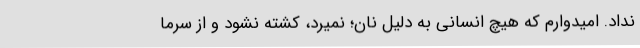
نداد. امیدوارم که هیچ انسانی به دلیل نان؛ نمیرد، کشته نشود و از سرما